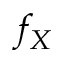
f _ { X }